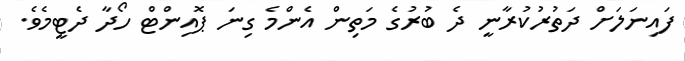
ފައިނަލަށް ދަތުރުކުރާނީ ދެ ބުރުގެ މަތިން އެންމެ ގިނަ ޕޮއިންޓް ހޯދާ ދެޓީމެވެ.